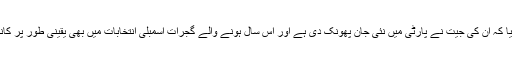
انہوں نے یہ بھی دعوی کیا کہ ان کی جیت نے پارٹی میں نئی ​​جان پھونک دی ہے اور اس سال ہونے والے گجرات اسمبلی انتخابات میں بھی یقینی طور پر کانگریس کی ہی جیت ہوگی۔